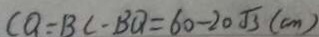
C Q = B C - B Q = 6 0 - 2 0 \sqrt { 3 } ( c m )